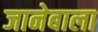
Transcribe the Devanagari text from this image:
जानेबाला